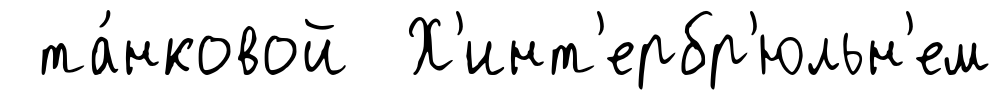
та́нковой Х'инт'ербр'юльн'ем